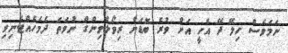
ނަމަވެސް ހިލޭ ދޭ އެހީ އަށް ވުރެ ބޮޑަށް ރިވޯލްވިންގް ނުވަތަ ދެމެހެއްޓެނިވި